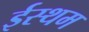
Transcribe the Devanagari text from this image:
ईस्थम